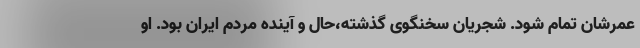
عمرشان تمام شود. شجریان سخنگوی گذشته،حال و آینده مردم ایران بود. او